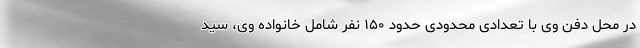
در محل دفن وی با تعدادی محدودی حدود ۱۵۰ نفر شامل خانواده وی، سید